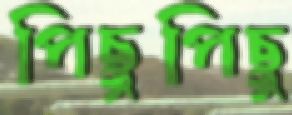
পিছুপিছু